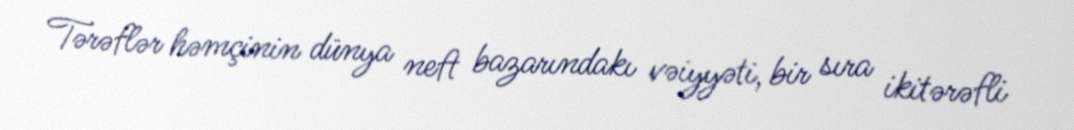
Tərəflər həmçinin dünya neft bazarındakı vəiyyəti, bir sıra ikitərəfli